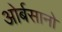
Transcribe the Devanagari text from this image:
ओर्बसानो